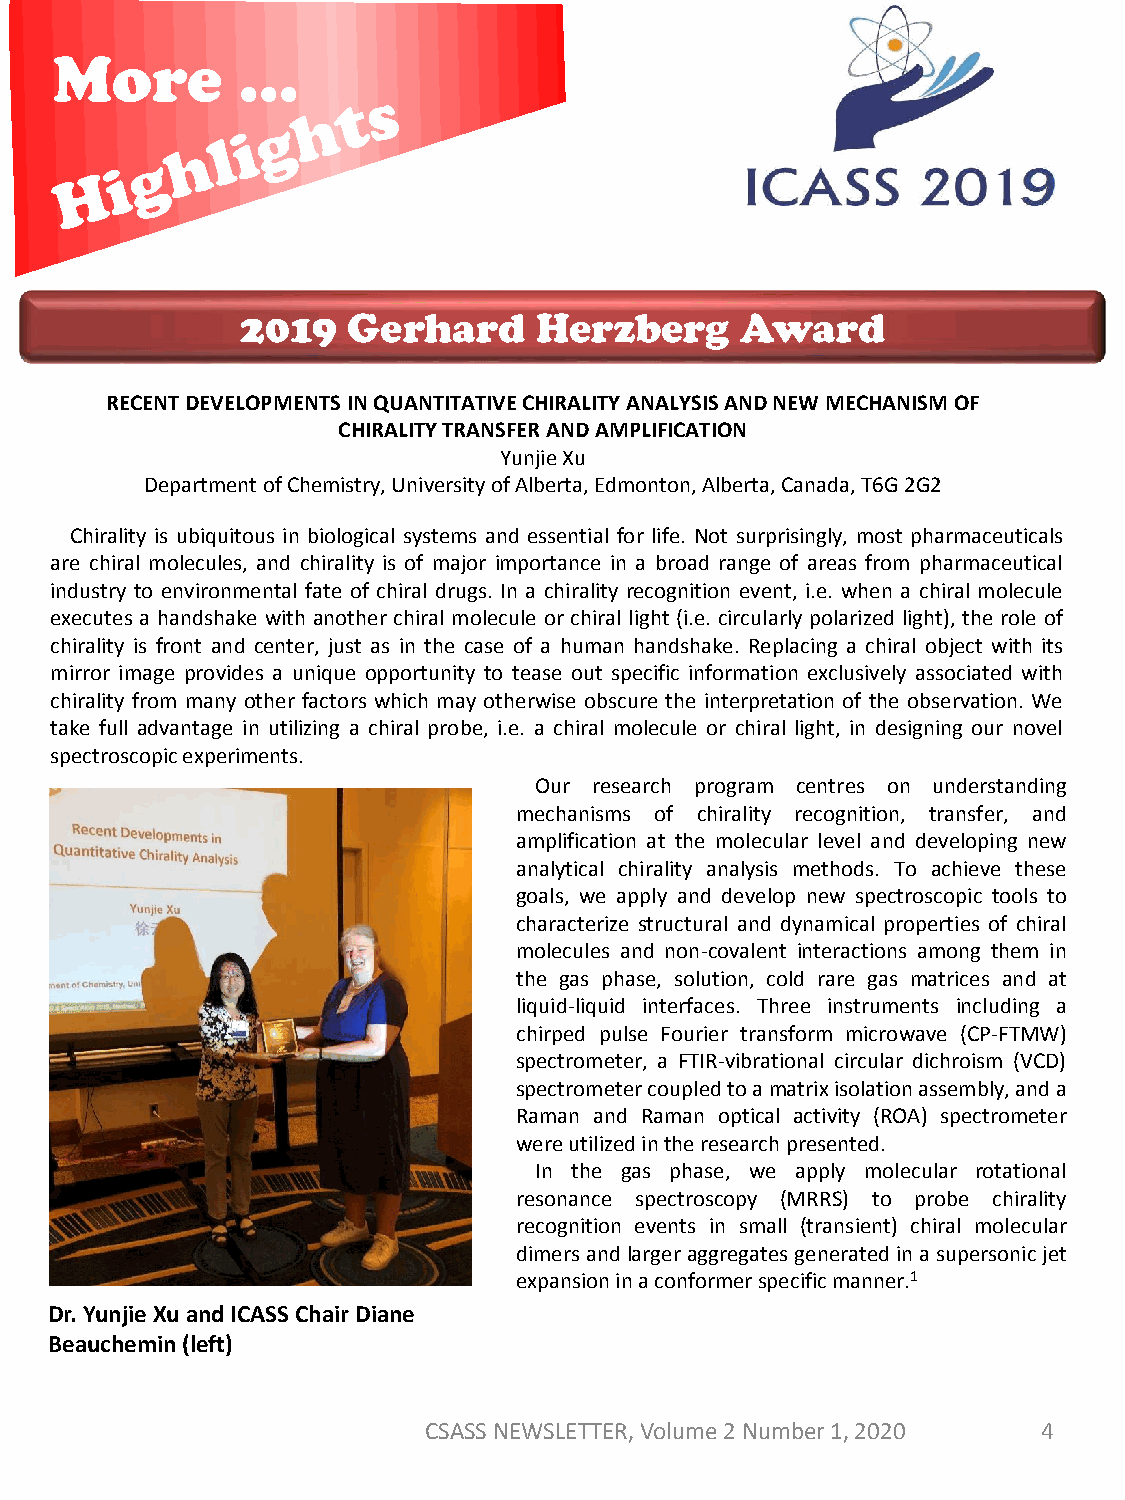
More        …
 2019   Gerhard     Herzberg      Award
 RECENT DEVELOPMENTS IN QUANTITATIVE CHIRALITY ANALYSIS AND NEW MECHANISM OF
 CHIRALITY TRANSFER AND AMPLIFICATION
 YunjieXu
 Department of Chemistry, University of Alberta, Edmonton, Alberta, Canada, T6G 2G2
 Chirality is ubiquitous in biological systems and essential for life. Not surprisingly, most pharmaceuticals
 are chiral molecules, and chirality is of major importance in a broad range of areas from pharmaceutical
 industry to environmental fate of chiral drugs. In a chirality recognition event, i.e. when a chiral molecule
 executes a handshake with another chiral molecule or chiral light (i.e. circularly polarized light), the role of
 chirality is front and center, just as in the case of a human handshake. Replacing a chiral object with its
 mirror image provides a unique opportunity to tease out specific information exclusively associated with
 chirality from many other factors which may otherwise obscure the interpretation of the observation. We
 take full advantage in utilizing a chiral probe, i.e. a chiral molecule or chiral light, in designing our novel
 spectroscopicexperiments.
 Our research program centres on understanding
 mechanisms of chirality recognition, transfer, and
 amplification at the molecular level and developing new
 analytical chirality analysis methods. To achieve these
 goals, we apply and develop new spectroscopic tools to
 characterize structural and dynamical properties of chiral
 molecules and non-covalent interactions among them in
 the gas phase, solution, cold rare gas matrices and at
 liquid-liquid interfaces. Three instruments including a
 chirped pulse Fourier transform microwave (CP-FTMW)
 spectrometer, a FTIR-vibrational circular dichroism (VCD)
 spectrometercoupledtoamatrixisolationassembly,anda
 Raman and Raman optical activity (ROA) spectrometer
 wereutilizedintheresearchpresented.
 In the gas phase, we apply molecular rotational
 resonance spectroscopy (MRRS) to probe chirality
 recognition events in small (transient) chiral molecular
 dimersandlargeraggregatesgeneratedinasupersonicjet
 expansioninaconformerspecificmanner.1
 Dr. YunjieXu and ICASS Chair Diane
 Beauchemin (left)
 CSASS NEWSLETTER, Volume 2 Number 1, 2020 4